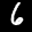
Label: 6